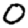
Digit: 0